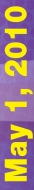
May 1, 2010